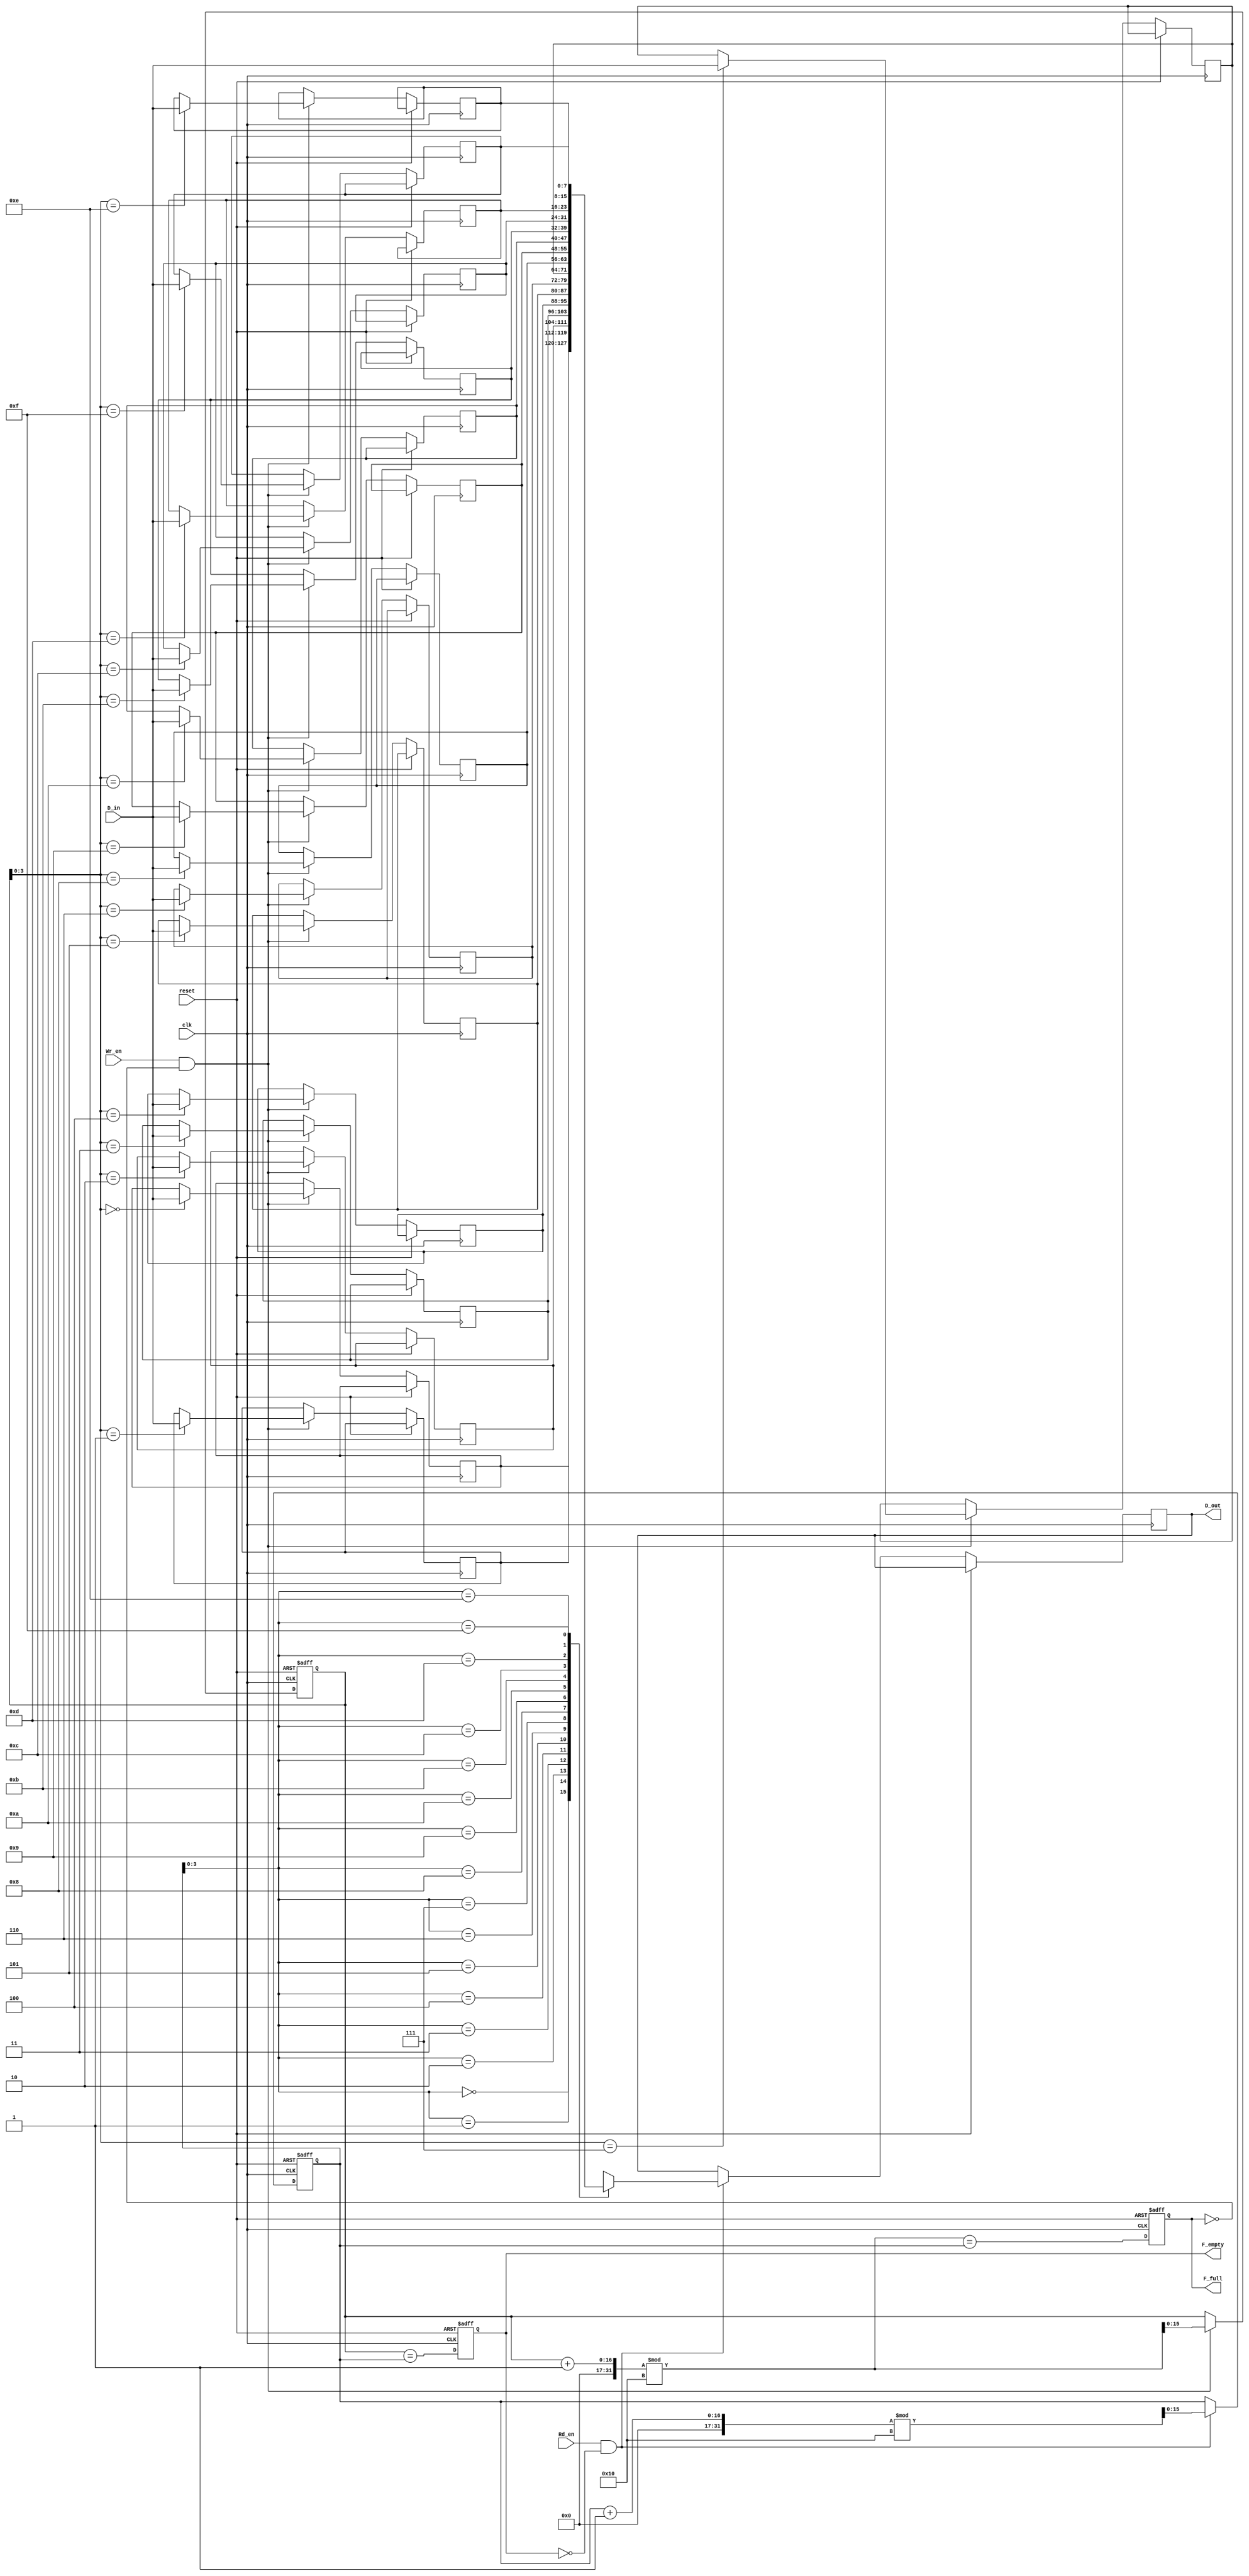
module fifo_sram #(
    parameter DEPTH = 16,  // Number of entries in the FIFO
    parameter WIDTH = 8    // Number of bits per entry
) (
    input wire clk,        // Clock signal
    input wire reset,      // Reset signal
    input wire [WIDTH-1:0] D_in,  // Data input
    input wire Wr_en,      // Write enable
    input wire Rd_en,      // Read enable
    output reg [WIDTH-1:0] D_out, // Data output
    output reg F_full,     // Full flag
    output reg F_empty     // Empty flag
);

    // Memory array (dual-port SRAM)
    reg [WIDTH-1:0] mem [0:DEPTH-1];

    // Pointer management
    reg [DEPTH-1:0] WPtr;  // Write pointer
    reg [DEPTH-1:0] RPtr;  // Read pointer

    // Initialize pointers and flags
    always @(posedge clk or posedge reset) begin
        if (reset) begin
            WPtr <= 0;
            RPtr <= 0;
            F_full <= 0;
            F_empty <= 1;
        end else begin
            // Write operation
            if (Wr_en && !F_full) begin
                mem[WPtr] <= D_in;  // Write data to memory
                WPtr <= (WPtr + 1) % DEPTH;  // Increment write pointer
            end

            // Read operation
            if (Rd_en && !F_empty) begin
                D_out <= mem[RPtr];  // Read data from memory
                RPtr <= (RPtr + 1) % DEPTH;  // Increment read pointer
            end

            // Update status flags
            F_empty <= (WPtr == RPtr);  // FIFO is empty if pointers are equal
            F_full <= ((WPtr + 1) % DEPTH == RPtr);  // FIFO is full if next write pointer equals read pointer
        end
    end

endmodule